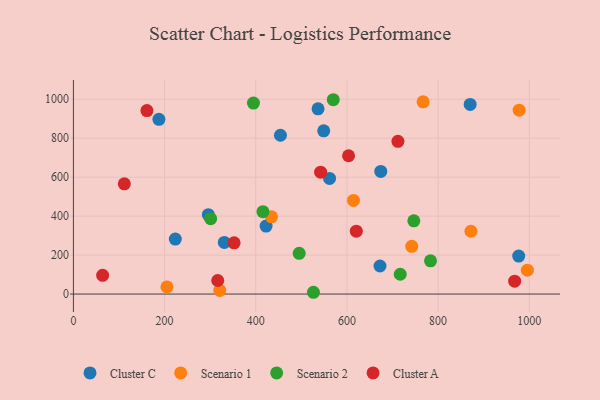
{"axis": {"x": "Ad Spend", "y": "Profit"}, "legend": ["Cluster A", "Cluster C", "Scenario 1", "Scenario 2"], "data": [{"x": "187.6", "y": 896.8, "type": "Cluster C"}, {"x": "561.9", "y": 593.8, "type": "Cluster C"}, {"x": "454.2", "y": 815.3, "type": "Cluster C"}, {"x": "674.3", "y": 629.6, "type": "Cluster C"}, {"x": "331.0", "y": 265.1, "type": "Cluster C"}, {"x": "549.1", "y": 838.0, "type": "Cluster C"}, {"x": "976.9", "y": 195.0, "type": "Cluster C"}, {"x": "223.5", "y": 282.0, "type": "Cluster C"}, {"x": "536.7", "y": 950.9, "type": "Cluster C"}, {"x": "296.0", "y": 407.4, "type": "Cluster C"}, {"x": "672.6", "y": 144.0, "type": "Cluster C"}, {"x": "422.7", "y": 348.8, "type": "Cluster C"}, {"x": "870.4", "y": 973.7, "type": "Cluster C"}, {"x": "995.9", "y": 122.5, "type": "Scenario 1"}, {"x": "205.2", "y": 36.8, "type": "Scenario 1"}, {"x": "977.9", "y": 943.9, "type": "Scenario 1"}, {"x": "614.4", "y": 480.5, "type": "Scenario 1"}, {"x": "767.1", "y": 987.0, "type": "Scenario 1"}, {"x": "742.2", "y": 245.2, "type": "Scenario 1"}, {"x": "434.5", "y": 396.3, "type": "Scenario 1"}, {"x": "321.1", "y": 18.6, "type": "Scenario 1"}, {"x": "872.0", "y": 322.4, "type": "Scenario 1"}, {"x": "526.6", "y": 9.1, "type": "Scenario 2"}, {"x": "495.3", "y": 209.2, "type": "Scenario 2"}, {"x": "395.0", "y": 980.2, "type": "Scenario 2"}, {"x": "301.1", "y": 386.7, "type": "Scenario 2"}, {"x": "717.0", "y": 101.7, "type": "Scenario 2"}, {"x": "570.1", "y": 997.6, "type": "Scenario 2"}, {"x": "783.4", "y": 170.8, "type": "Scenario 2"}, {"x": "415.8", "y": 423.1, "type": "Scenario 2"}, {"x": "746.8", "y": 375.8, "type": "Scenario 2"}, {"x": "316.6", "y": 69.5, "type": "Cluster A"}, {"x": "620.6", "y": 323.0, "type": "Cluster A"}, {"x": "161.3", "y": 942.0, "type": "Cluster A"}, {"x": "64.1", "y": 96.0, "type": "Cluster A"}, {"x": "352.5", "y": 262.9, "type": "Cluster A"}, {"x": "711.9", "y": 784.0, "type": "Cluster A"}, {"x": "968.0", "y": 65.9, "type": "Cluster A"}, {"x": "542.3", "y": 625.9, "type": "Cluster A"}, {"x": "111.7", "y": 566.1, "type": "Cluster A"}, {"x": "603.6", "y": 710.0, "type": "Cluster A"}]}